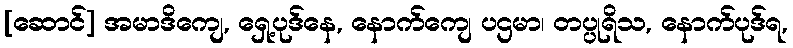
[ဆောင်] အမာဒိကျေ, ရှေ့ပုဒ်နေ, နောက်ကျေ ပဌမာ၊ တပ္ပုရိသ, နောက်ပုဒ်ရ,